Civil Veterinary Dept. North-West Frontier Province 1923-32 - 1923-1932
Year: 1923
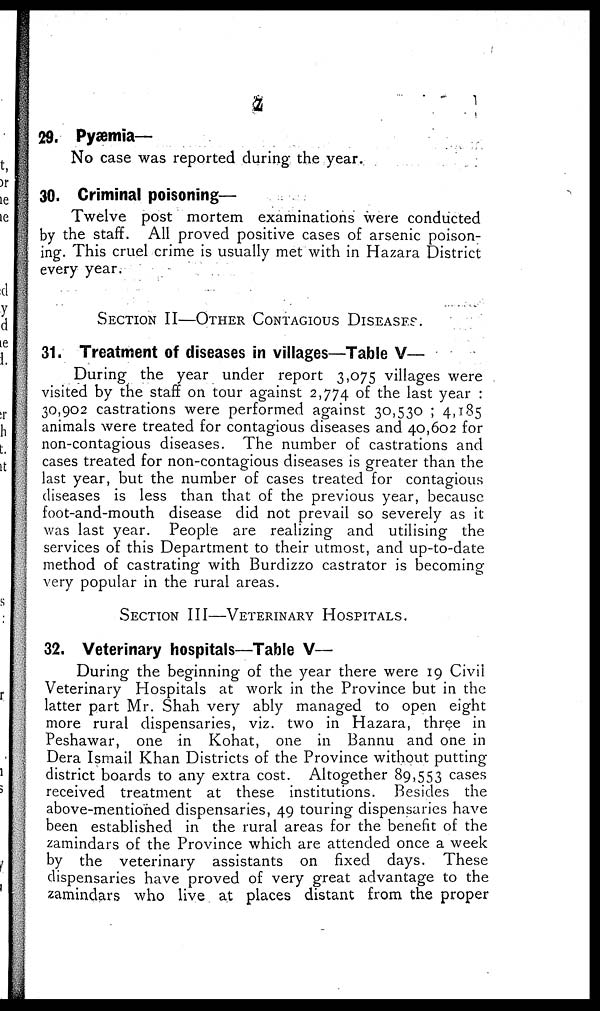
7
29. Pyæmia—
No case was reported during the year.
30. Criminal poisoning—
Twelve post mortem examinations were conducted
by the staff. All proved positive cases of arsenic poison-
ing. This cruel crime is usually met with in Hazara District
every year.
SECTION II—OTHER CONTAGIOUS DISEASES.
31. Treatment of diseases in villages—Table V—
During the year under report 3,075 villages were
visited by the staff on tour against 2,774 of the last year :
30,902 castrations were performed against 30,530 ; 4,185
animals were treated for contagious diseases and 40,602 for
non-contagious diseases. The number of castrations and
cases treated for non-contagious diseases is greater than the
last year, but the number of cases treated for contagious
diseases is less than that of the previous year, because
foot-and-mouth disease did not prevail so severely as it
was last year. People are realizing and utilising the
services of this Department to their utmost, and up-to-date
method of castrating with Burdizzo castrator is becoming
very popular in the rural areas.
SECTION III—VETERINARY HOSPITALS.
32. Veterinary hospitals—Table V—
During the beginning of the year there were 19 Civil
Veterinary Hospitals at work in the Province but in the
latter part Mr. Shah very ably managed to open eight
more rural dispensaries, viz. two in Hazara, three in
Peshawar, one in Kohat, one in Bannu and one in
Dera Ismail Khan Districts of the Province without putting-
district boards to any extra cost. Altogether 89,553 cases
received treatment at these institutions. Besides the
above-mentioned dispensaries, 49 touring dispensaries have
been established in the rural areas for the benefit of the
zamindars of the Province which are attended once a week
by the veterinary assistants on fixed days. These
dispensaries have proved of very great advantage to the
zamindars who live at places distant from the proper